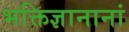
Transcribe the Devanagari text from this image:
भक्तिज्ञानानां